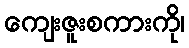
ကျေးဇူးစကားကို၊